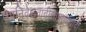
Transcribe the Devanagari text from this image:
उपनिवेशवादीसाम्राज्यवादी